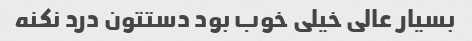
بسیار عالی خیلی خوب بود دستتون درد نکنه